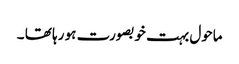
ماحول بہت خوبصورت ہو رہا تھا ۔